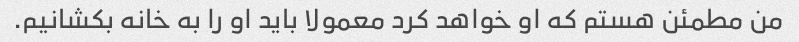
من مطمئن هستم که او خواهد کرد معمولا باید او را به خانه بکشانیم.